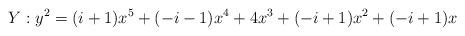
LaTeX: \begin{align*} Y : y^2 = (i+1)x^5 + (-i - 1)x^4 + 4x^3 + (-i + 1)x^2 + (-i + 1)x\end{align*}